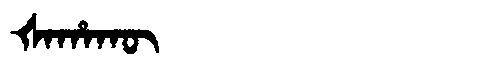
Manchu: ᡧᠠᡥᠠᡴᡡ
Romanization: ŠAHAKŪ